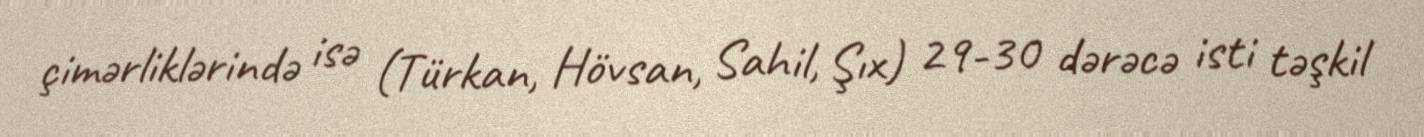
çimərliklərində isə (Türkan, Hövsan, Sahil, Şıx) 29-30 dərəcə isti təşkil